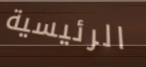
الرئيسية